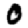
Digit: 0